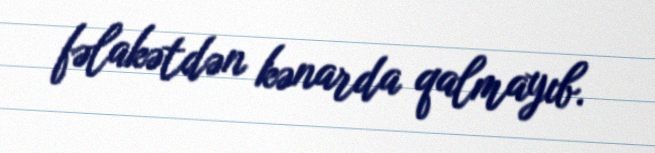
fəlakətdən kənarda qalmayıb.